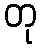
တု